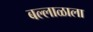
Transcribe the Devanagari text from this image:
बल्लाळाला